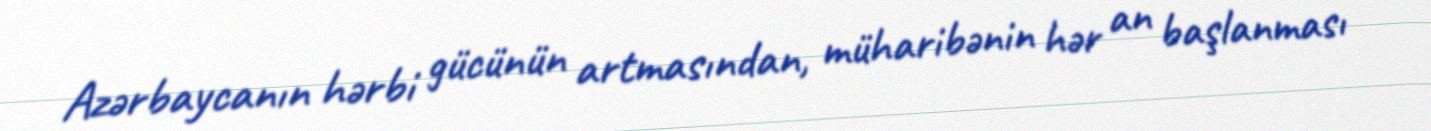
Azərbaycanın hərbi gücünün artmasından, müharibənin hər an başlanması